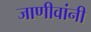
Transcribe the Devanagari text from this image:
जाणीवांनी